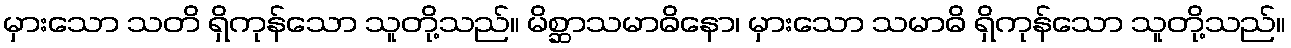
မှားသော သတိ ရှိကုန်သော သူတို့သည်။ မိစ္ဆာသမာဓိနော၊ မှားသော သမာဓိ ရှိကုန်သော သူတို့သည်။